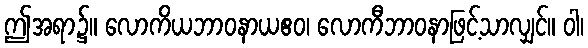
ဤအရာ၌။ လောကိယဘာဝနာယဧဝ၊ လောကီဘာဝနာဖြင့်သာလျှင်။ ဝါ၊